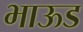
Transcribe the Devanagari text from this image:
भाऊड